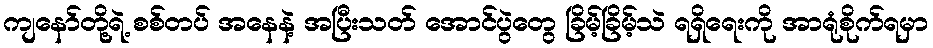
ကျနော်တို့ရဲ့ စစ်တပ် အနေနဲ့ အပြီးသတ် အောင်ပွဲတွေ ခြိမ့်ခြိမ့်သဲ ရရှိရေးကို အာရုံစိုက်ရမှာ